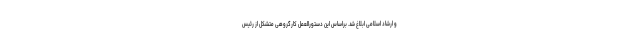
و ارشاد اسلامی ابلاغ شد. براساس این دستورالعمل کارگروهی متشکل از رئیس